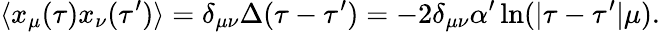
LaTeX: \langle x_{\mu}(\tau)x_{\nu}(\tau^{\prime})\rangle=\delta_{\mu\nu}\Delta(\tau-\tau^{\prime})=-2\delta_{\mu\nu}\alpha^{\prime}\ln(|\tau-\tau^{\prime}|\mu).